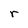
Character: r